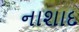
નાશાદ